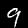
Digit: 9